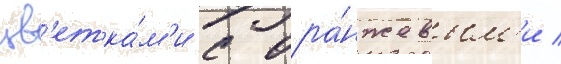
цв'етка́м'и с ора́нжевым'и /